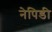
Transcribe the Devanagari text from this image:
नेपिडी